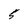
Character: 5